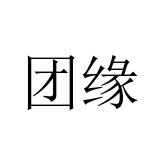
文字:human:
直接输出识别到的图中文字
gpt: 团缘